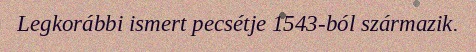
Legkorábbi ismert pecsétje 1543-ból származik.